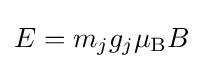
E=m_{j}g_{j}\mu _{\mathrm {B} }B